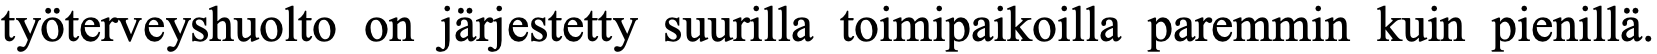
työterveyshuolto on järjestetty suurilla toimipaikoilla paremmin kuin pienillä.